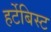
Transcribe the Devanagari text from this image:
हर्टेबिस्ट